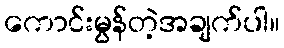
ကောင်းမွန်တဲ့အချက်ပါ။